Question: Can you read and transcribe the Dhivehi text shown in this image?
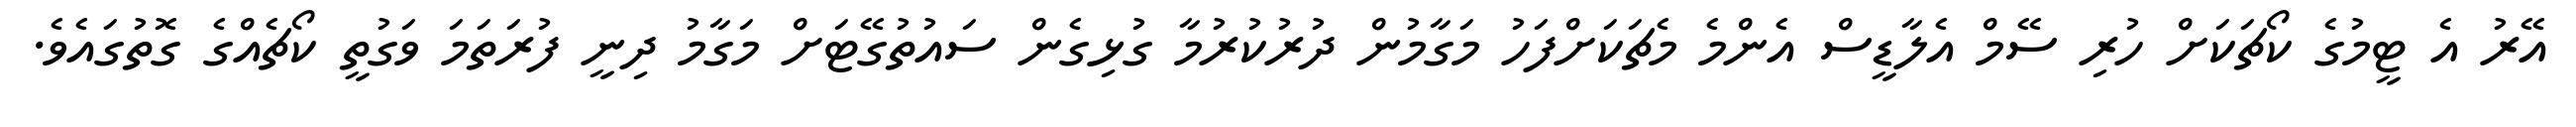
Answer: އޭރު އެ ޓީމުގެ ކޯޗަކަށް ހުރި ސޭމް އެލާޑީސް އެންމެ މެޗަކަށްފަހު މަގާމުން ދުރުކުރުމާ ގުޅިގެން ސައުތުގޭޓަށް މަގާމު ދިނީ ފުރަތަމަ ވަގުތީ ކޯޗެއްގެ ގޮތުގައެވެ.